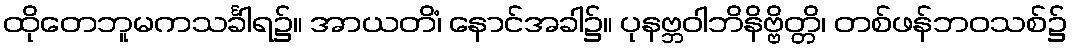
ထိုတေဘူမကသင်္ခါရ၌။ အာယတိံ၊ နောင်အခါ၌။ ပုနဗ္ဘဝါဘိနိဗ္ဗိတ္တိ၊ တစ်ဖန်ဘဝသစ်၌